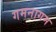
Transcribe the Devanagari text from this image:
गमनागम